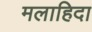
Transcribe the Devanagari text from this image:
मलाहिदा